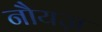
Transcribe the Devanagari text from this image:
नौयज़